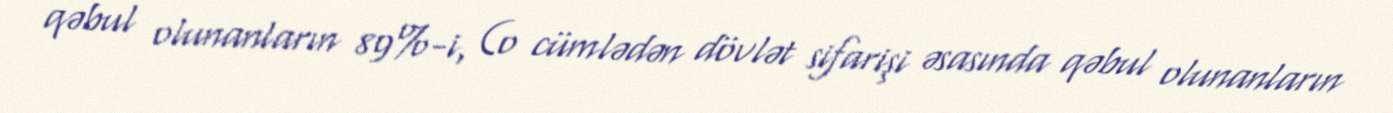
qəbul olunanların 89%-i, (o cümlədən dövlət sifarişi əsasında qəbul olunanların